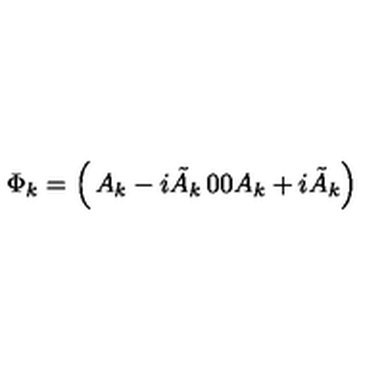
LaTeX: \Phi _ { k } = \left( \begin{matrix} { A _ { k } - i \tilde { A } _ { k } } & { 0 } \\ { 0 } & { A _ { k } + i \tilde { A } _ { k } } \\ \end{matrix} \right)